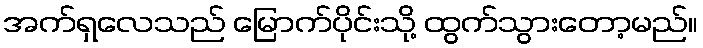
အက်ရှလေသည် မြောက်ပိုင်းသို့ ထွက်သွားတော့မည်။